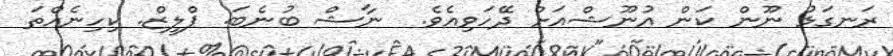
ރަނގަޅު ނޫން ކަން އުނޫޝްއަށް ދޭހަވިއެވެ.  ނާޝް ބުނެބަ. ޕްލީޒް. ކިހިނެއްތަ